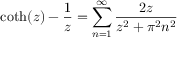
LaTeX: \coth ( z ) - { \frac { 1 } { z } } = \sum _ { n = 1 } ^ { \infty } { \frac { 2 z } { z ^ { 2 } + \pi ^ { 2 } n ^ { 2 } } }